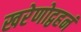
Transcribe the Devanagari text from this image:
खरेणोद्वहनं